Scottish Leaving Certificate Examination, 1961
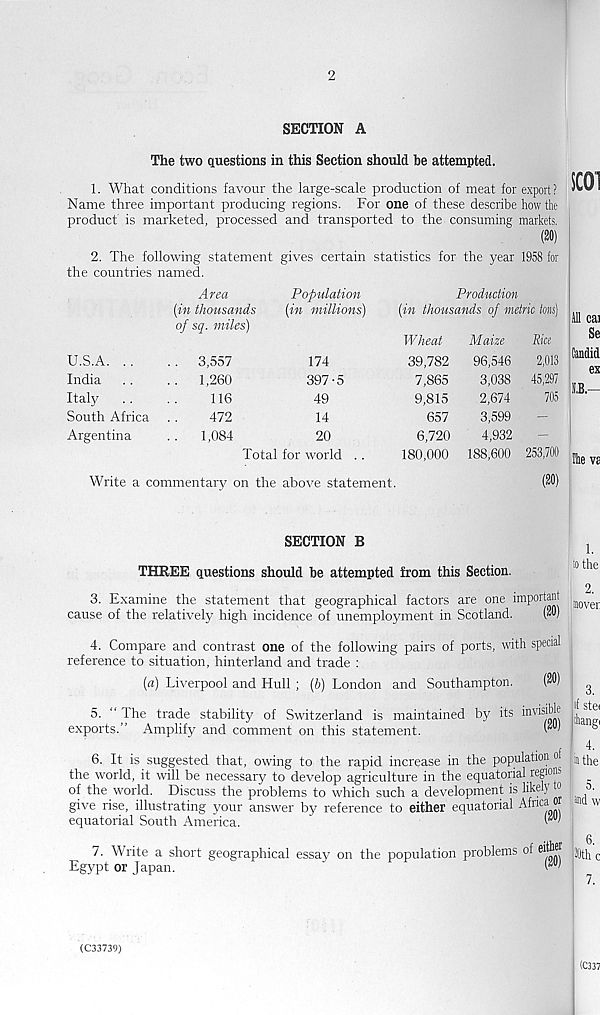
2
SECTION A
The two questions in this Section should be attempted.
1. What conditions favour the large-scale production of meat for export ?
Name three important producing regions. For one of these describe how the
product is marketed, processed and transported to the consuming markets.
SC01
2. The following statement gives certain statistics for the year 1958 for
the countries named.
Area
[in thousands
of sq. miles)
Population
(in millions)
Production
(in thousands of metric i
U.S.A. ..
India
Italy
South Africa
Argentina
3,557
1,260
116
472
1,084
174
397-5
49
14
20
Total for world
Wheat
39,782
7,865
9,815
657
6,720
180,000
Maize
96,546
3,038
2,674
3,599
4,932
188,600
2,013
45,297
705
253,700
cai
Se
Candid
ex
S.B.—
! VS
Write a commentary on the above statement.
SECTION B
THREE questions should be attempted from this Section.
3. Examine the statement that geographical factors are one important
cause of the relatively high incidence of unemployment in Scotland.
(20)
4. Compare and contrast one of the following pairs of ports, with special
reference to situation, hinterland and trade :
(a) Liverpool and Hull ; (h) London and Southampton.
(20)
5. “ The trade stability of Switzerland is maintained by its ’ nv ' s 'p!!
exports.” Amplify and comment on this statement.
W
6. It is suggested that, owing to the rapid increase in the population of
the world, it will be necessary to develop agriculture in the equatorial regions
of the world. Discuss the problems to which such a development is liken 0
give rise, illustrating your answer by reference to either equatorial Afuca o
equatorial South America.
'
7. Write a short geographical essay on the population problems of eith®
Egypt or Japan.
1.
io the
2.
mover
3.
of stei
ihangi
4.
in the
5.
and \y
7.
I (C337
(C33739)